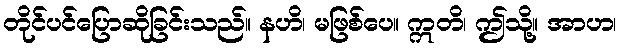
တိုင်ပင်ပြောဆိုခြင်းသည်။ နဟိ၊ မဖြစ်ပေ။ ဣတိ၊ ဤသို့။ အာဟ၊